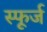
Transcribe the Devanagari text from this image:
स्फूर्ज